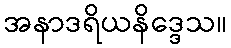
အနာဒရိယနိဒ္ဒေသ။